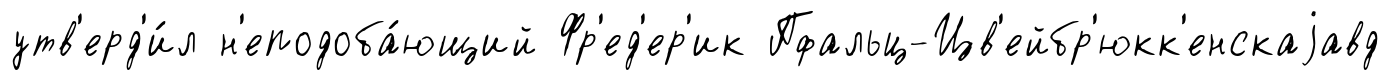
утв'ерд'и́л н'еподоба́ющий Фр'ед'ер'ик Пфальц-Цв'ейбр'юкк'енскаjавд